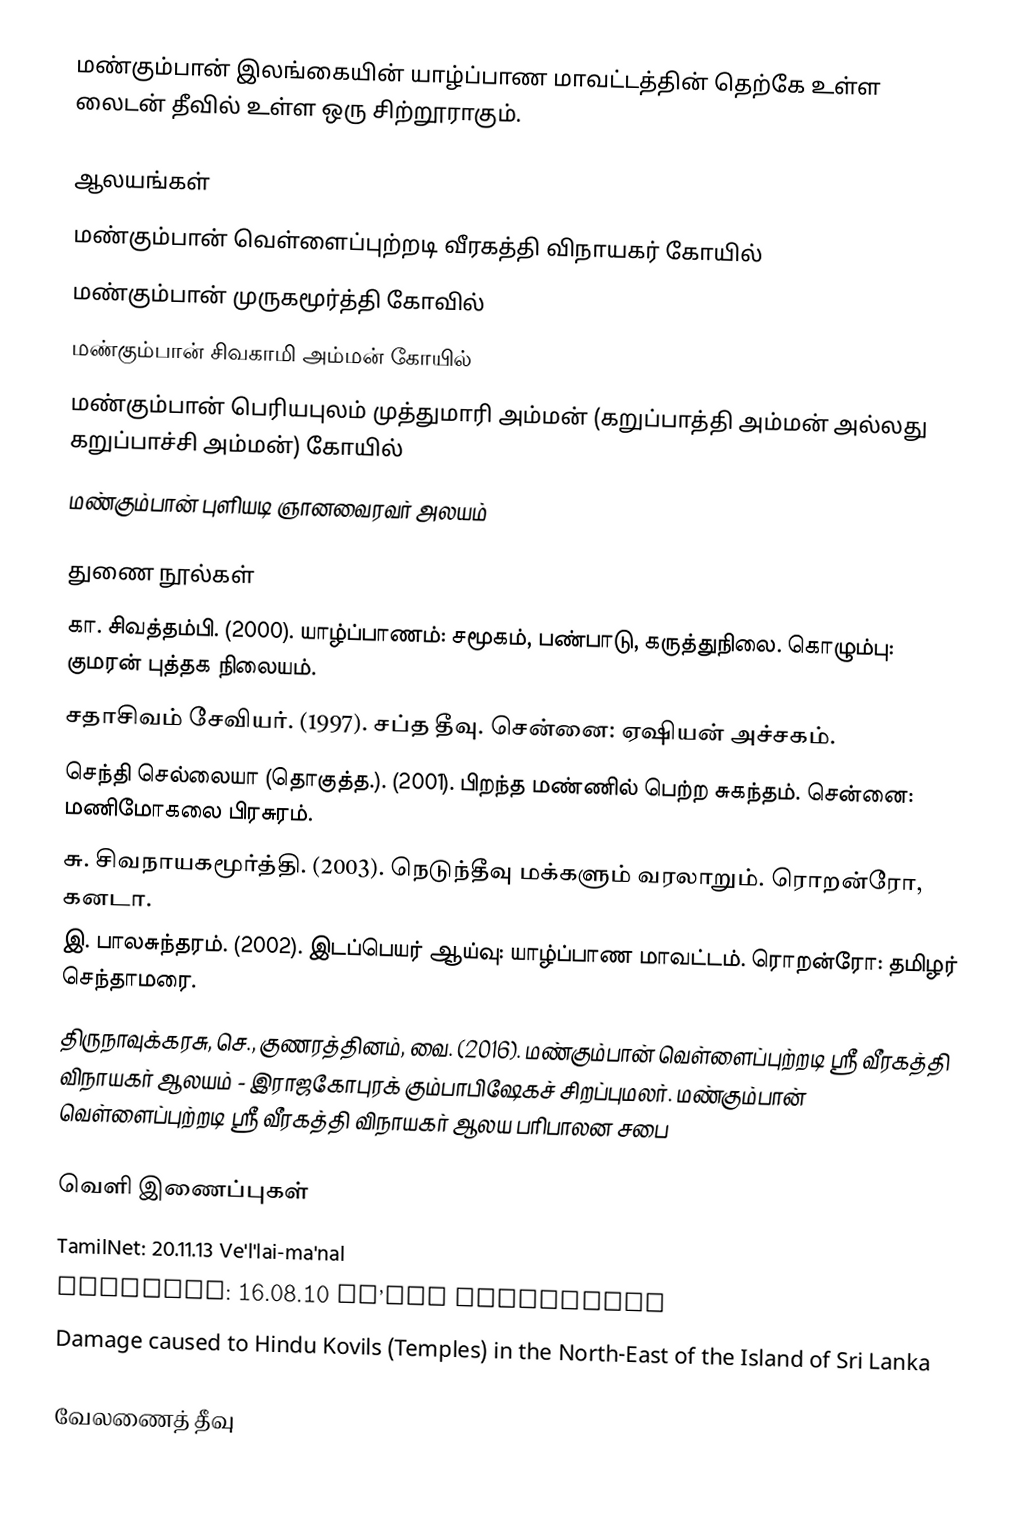
மண்கும்பான் இலங்கையின் யாழ்ப்பாண மாவட்டத்தின் தெற்கே உள்ள லைடன் தீவில் உள்ள ஒரு சிற்றூராகும்.

ஆலயங்கள்
 மண்கும்பான் வெள்ளைப்புற்றடி வீரகத்தி விநாயகர் கோயில்
 மண்கும்பான் முருகமூர்த்தி கோவில்
 மண்கும்பான் சிவகாமி அம்மன் கோயில்
 மண்கும்பான் பெரியபுலம் முத்துமாரி அம்மன் (கறுப்பாத்தி அம்மன் அல்லது கறுப்பாச்சி அம்மன்) கோயில்
 மண்கும்பான் புளியடி ஞானவைரவர் அலயம்

துணை நூல்கள்
 கா. சிவத்தம்பி. (2000).  யாழ்ப்பாணம்: சமூகம், பண்பாடு, கருத்துநிலை. கொழும்பு: குமரன் புத்தக நிலையம்.
 சதாசிவம் சேவியர். (1997).  சப்த தீவு. சென்னை: ஏஷியன் அச்சகம்.
 செந்தி செல்லையா (தொகுத்த.). (2001). பிறந்த மண்ணில் பெற்ற சுகந்தம். சென்னை: மணிமோகலை பிரசுரம்.
 சு. சிவநாயகமூர்த்தி. (2003). நெடுந்தீவு மக்களும் வரலாறும். ரொறன்ரோ, கனடா.
 இ. பாலசுந்தரம். (2002). இடப்பெயர் ஆய்வு: யாழ்ப்பாண மாவட்டம். ரொறன்ரோ: தமிழர் செந்தாமரை.
 	திருநாவுக்கரசு, செ., குணரத்தினம், வை. (2016). மண்கும்பான் வெள்ளைப்புற்றடி ஸ்ரீ வீரகத்தி விநாயகர் ஆலயம் - இராஜகோபுரக் கும்பாபிஷேகச் சிறப்புமலர். மண்கும்பான் வெள்ளைப்புற்றடி ஸ்ரீ வீரகத்தி விநாயகர் ஆலய பரிபாலன சபை

வெளி இணைப்புகள்
 TamilNet: 20.11.13 Ve'l'lai-ma'nal
 TamilNet: 16.08.10 Ma’ndu kuminthaan
 Damage caused to Hindu Kovils (Temples) in the North-East of the Island of Sri Lanka

வேலணைத் தீவு